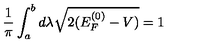
\frac { 1 } { \pi } \int _ { a } ^ { b } d \lambda \sqrt { 2 ( E _ { F } ^ { ( 0 ) } - V ) } = 1